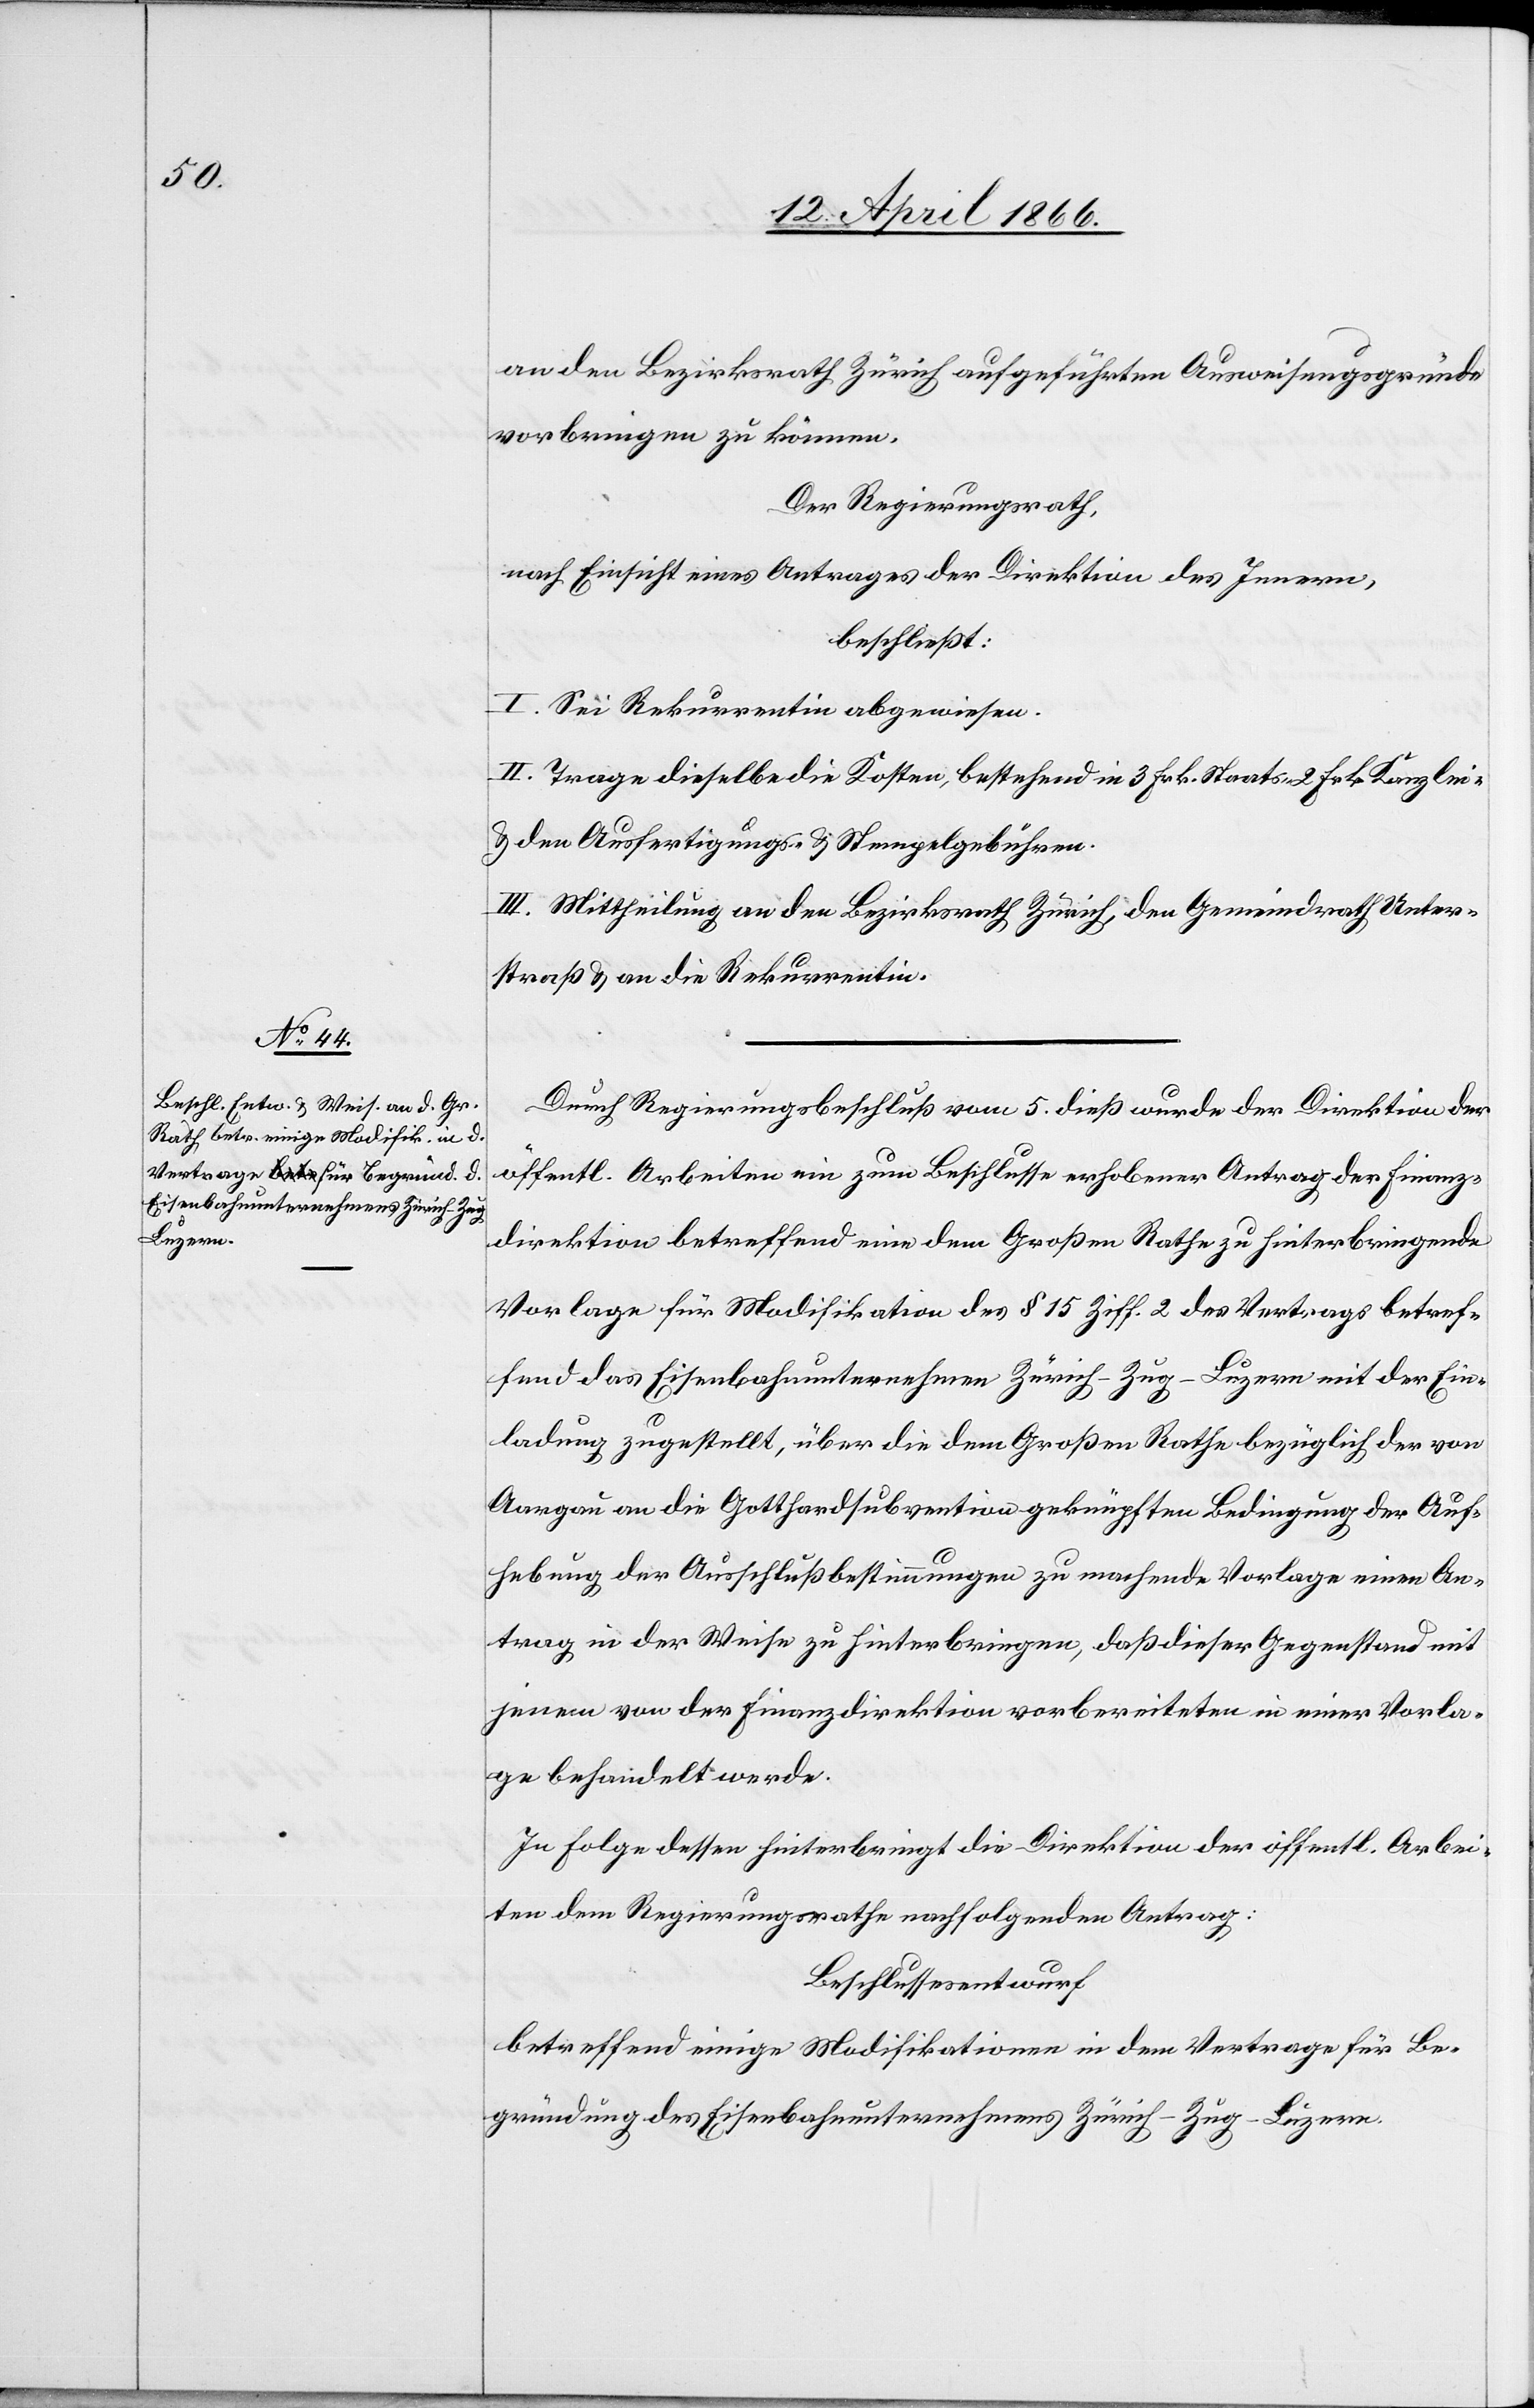
an den Bezirksrath Zürich aufgeführten Ausweisungsgründe
vorbringen zu können.
Der Regierungsrath,
nach Einsicht eines Antrages der Direktion des Innern,
beschließt:
I. Sei Rekurrentin abgewiesen.
II. Trage dieselbe die Kosten, bestehend in 3. Frk. Staats-[,] 2 Frk. Kanzlei[-]
u. den Ausfertigungs- u. Stempelgebühren.
III. Mittheilung an den Bezirksrath Zürich, den Gemeindrath Unter¬
straß u. an die Rekurrentin.
Durch Regierungsrathsbeschluß vom 5. dieß wurde der Direktion der
öffentl. Arbeiten ein zum Beschlusse erhobener Antrag der Finanz¬
direktion betreffend eine dem Großen Rathe zu hinterbringenden
Vorlage für Modifikation des § 15 Ziff. 2 des Vertrages betref¬
fend das Eisenbahnunternehmen Zürich–Zug–Luzern mit der Ein¬
ladung zugestellt, über die dem Großen Rathe bezüglich der von
Aargau an die Gotthardsubvention geknüpften Bedingung der Auf¬
hebung der Ausschlußbestimmungen zu machende Vorlage einen An¬
trag in der Weise zu hinterbringen, daß dieser Gegenstand mit
jenem von der Finanzdirektion vorbereiteten in einer Vorla¬
ge behandelt werde.
In Folge dessen hinterbringt die Direktion der öffentl. Arbei¬
ten dem Regierungsrathe nachfolgenden Antrag:
Beschlussesentwurf
betreffend einige Modifikationen in dem Vertrage für Be¬
gründung des Eisenbahnunternehmens Zürich–Zug–Luzern.